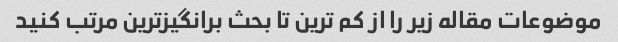
موضوعات مقاله زیر را از کم ترین تا بحث برانگیزترین مرتب کنید